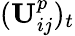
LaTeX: (\mathbf{U}_{ij}^{p})_{t}